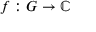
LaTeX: f : G \to \mathbb { C }